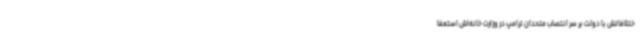
ختلافاتش با دولت بر سر انتصاب متحدان ترامپ در وزارت خانه‌اش استعفا